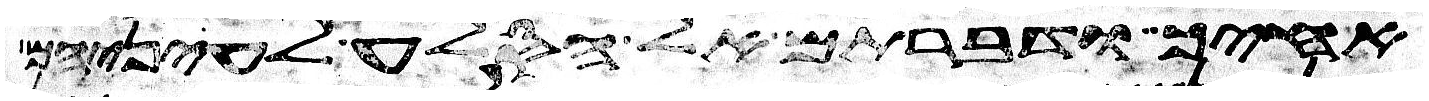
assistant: אחיך ודברתם אל הסלע לעיניהם